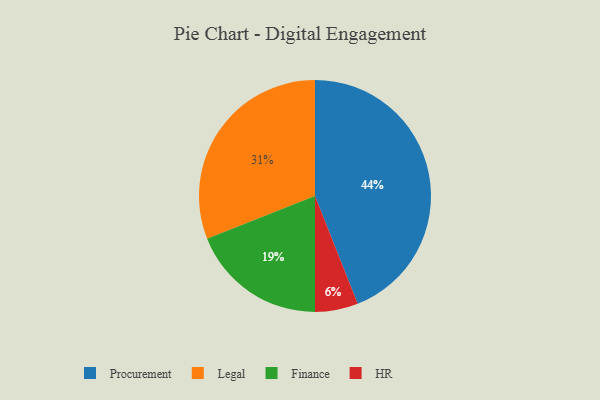
{"axis": {"x": "Category", "y": "Percentage"}, "legend": ["Finance", "HR", "Legal", "Procurement"], "data": [{"x": "Procurement", "y": 44, "type": "Procurement"}, {"x": "HR", "y": 6, "type": "HR"}, {"x": "Legal", "y": 31, "type": "Legal"}, {"x": "Finance", "y": 19, "type": "Finance"}]}